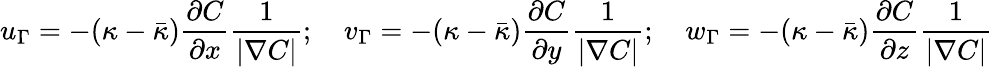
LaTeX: u_{\Gamma}=-(\kappa-\bar{\kappa})\frac{\partial C}{\partial x}\frac{1}{|\nabla C|};\quad v_{\Gamma}=-(\kappa-\bar{\kappa})\frac{\partial C}{\partial y}\frac{1}{|\nabla C|};\quad w_{\Gamma}=-(\kappa-\bar{\kappa})\frac{\partial C}{\partial z}\frac{1}{|\nabla C|}